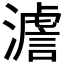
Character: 𤀃